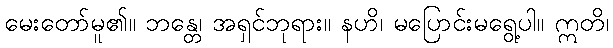
မေးတော်မူ၏။ ဘန္တေ၊ အရှင်ဘုရား။ နဟိ၊ မပြောင်းမရွေ့ပါ။ ဣတိ၊